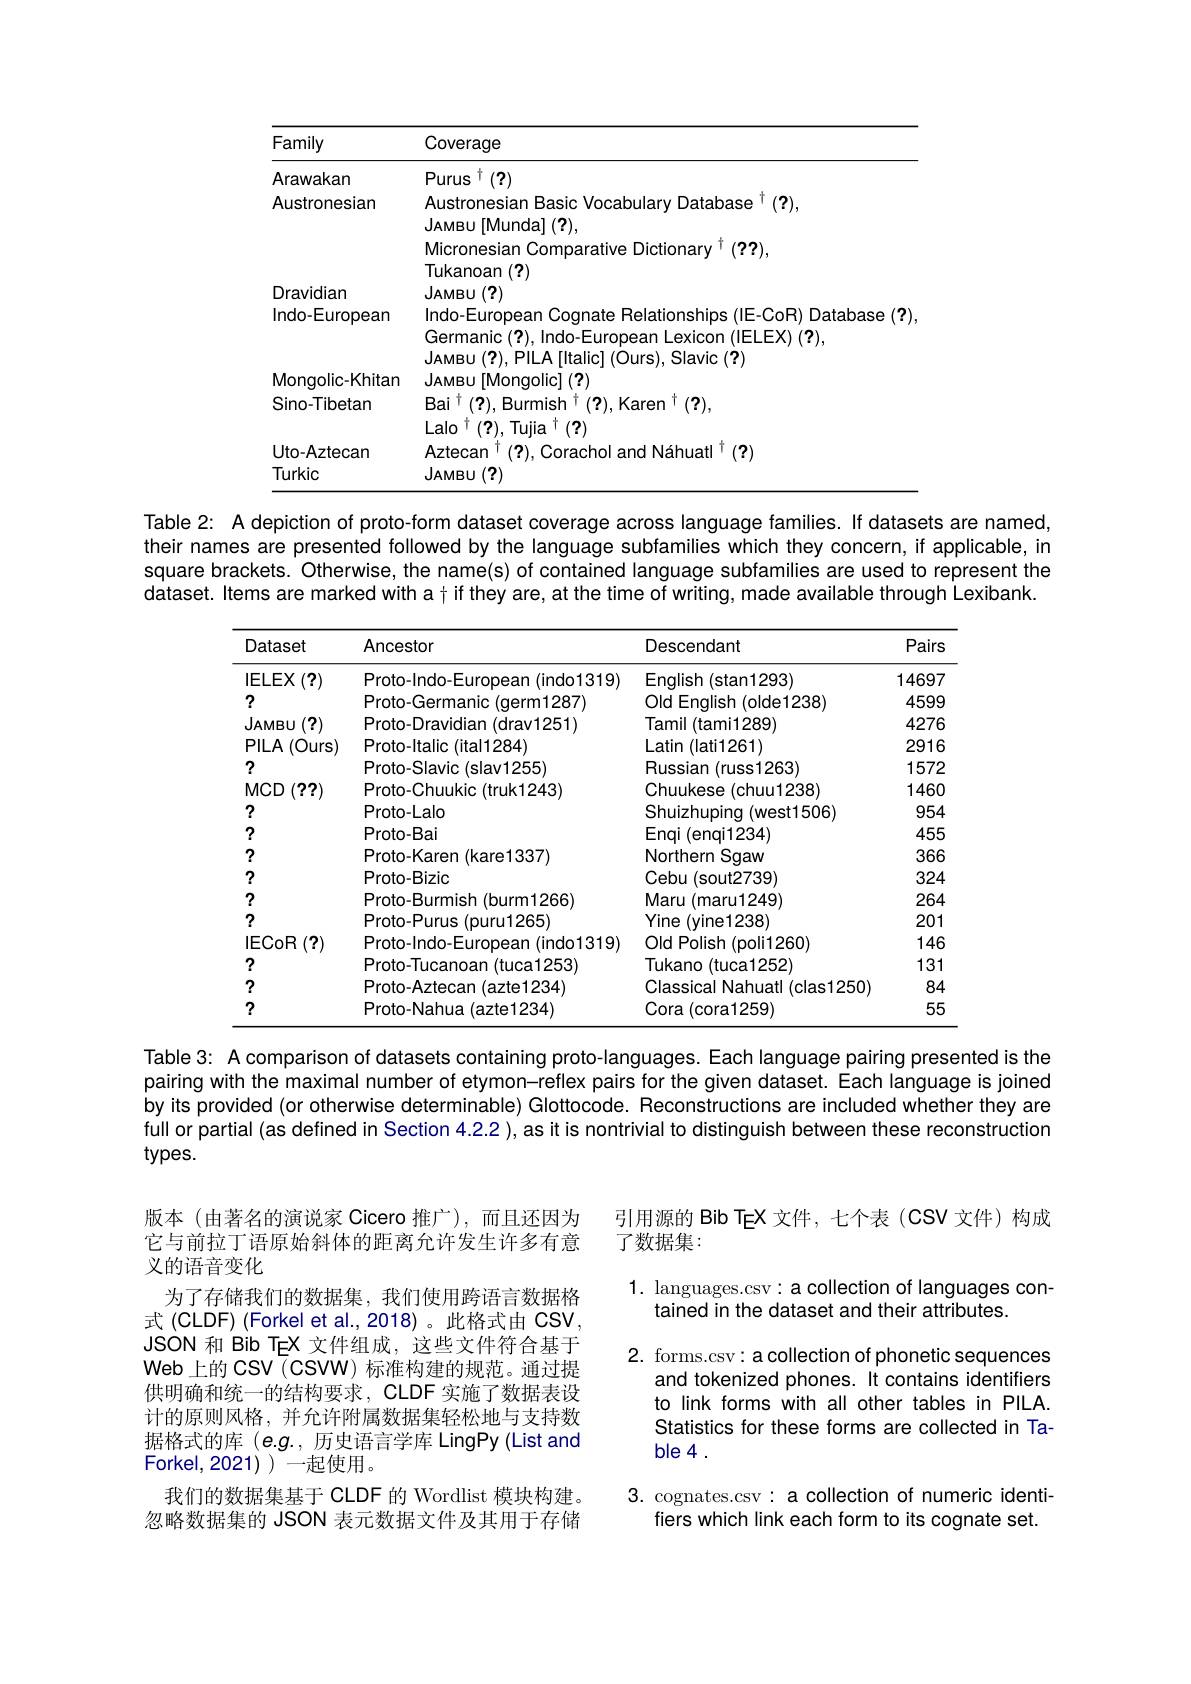
<table>
	<tbody>
		<tr>
			<th>Family</th>
			<th>Coverage</th>
		</tr>
		<tr>
			<td>Arawakan</td>
			<td>Purus $^{\dagger}(?)$</td>
		</tr>
		<tr>
			<td>Austronesian</td>
			<td>Austronesian Basic Vocabulary Database $^{\dagger}(?)$, JAMBU[Munda](?), $n2$</td>
		</tr>
		<tr>
			<td>Indo-European</td>
			<td>Indo-European Cognate Relationships (IE-CoR) Database (?) Germanic (?), Indo-European Lexicon (IELEX) (?), Italicl (Ours). Slavic(2) $|_{\Delta A}$ $21,D11,\Delta$</td>
		</tr>
		<tr>
			<td>Mongolic-Khitan</td>
			<td>JAMBu[Mongolic](?) $urv/,viu$ $1\cdot A$</td>
		</tr>
		<tr>
			<td>Sino-Tibetan</td>
			<td>$\mathrm{Bai}^{\dagger}(?),\mathrm{Burmish}^{\dagger}(?),\mathrm{Karen}^{\dagger}(?)$, $\mathrm{Lalo}^{\dagger}(2).\mathrm{Tuiia}^{\dagger}(2)$</td>
		</tr>
		<tr>
			<td>Uto-Aztecan Turkic</td>
			<td>Aztecan$^\dagger(?)$,Corachol and Náhuatl$^\dagger(?)$ JAMBU(?)</td>
		</tr>
	</tbody>
</table>
$A$
their names are presented followed by the language subfamilies which they concern, if applicable, in

Table 2:

are named

square brackets. Otherwise, the name(s) of contained language subfamilies are used to represent the

dataset. Items are marked with a+ if they are, at the time of writing, made available through Lexibank.

<table>
	<tbody>
		<tr>
			<th>Dataset</th>
			<th>Ancestor</th>
			<th>Descendant</th>
			<th>Pairs</th>
		</tr>
		<tr>
			<td>IELEX $({\boldsymbol{7}})$</td>
			<td>Proto-Indo-European (indo1319)</td>
			<td>English (stan1293)</td>
			<td>14697</td>
		</tr>
		<tr>
			<td>?</td>
			<td>Proto-Germanic(qerm1287)</td>
			<td>Old Enqlish (olde1238)</td>
			<td>4599</td>
		</tr>
		<tr>
			<td>JAMBU (?)</td>
			<td>Proto-Dravidian(drav1251)</td>
			<td>Tamil |(tami1289)</td>
			<td>4276</td>
		</tr>
		<tr>
			<td>$PILA$ (Ours)</td>
			<td>Proto-ltalic (ital1284)</td>
			<td>Latin (lati1261)</td>
			<td>2916</td>
		</tr>
		<tr>
			<td>?</td>
			<td>Proto-Slavic (slav1255)</td>
			<td>Russian (russ1263)</td>
			<td>1572</td>
		</tr>
		<tr>
			<td>$MCD$ ({?}{?})</td>
			<td>Proto-Chuukic (truk1243)</td>
			<td>Chuukese ${\mathrm{e}}({\mathrm{chuu1238}})$</td>
			<td>1460</td>
		</tr>
		<tr>
			<td>?</td>
			<td>Proto-Lalo</td>
			<td>Shuizhuping 1 (west1506)</td>
			<td>954</td>
		</tr>
		<tr>
			<td>?</td>
			<td>Proto-Bai</td>
			<td>Enqi (enqi1234)</td>
			<td>455</td>
		</tr>
		<tr>
			<td>?</td>
			<td>Proto-Karen (kare1337)</td>
			<td>Northern Sqaw</td>
			<td>366</td>
		</tr>
		<tr>
			<td>?</td>
			<td>Proto-Bizic</td>
			<td>Cebu (sout2739)</td>
			<td>324</td>
		</tr>
		<tr>
			<td>?</td>
			<td>Proto-Burmish(burm1266)</td>
			<td>Maru (maru1249)</td>
			<td>264</td>
		</tr>
		<tr>
			<td>?</td>
			<td>Proto-Purus (puru1265)</td>
			<td>Yine (vine1238)</td>
			<td>201</td>
		</tr>
		<tr>
			<td>$({\mathcal P})$ IECOR</td>
			<td>Proto-Indo-European (indo1319)</td>
			<td>Old Polish (poli1260)</td>
			<td>146</td>
		</tr>
		<tr>
			<td>?</td>
			<td>Proto-Tucanoan (tuca1253)</td>
			<td>Tukano (tuca1252)</td>
			<td>131</td>
		</tr>
		<tr>
			<td>?</td>
			<td>Proto-Aztecan (azte1234)</td>
			<td>Classical Nahuatl (clas1250)</td>
			<td>84</td>
		</tr>
		<tr>
			<td>?</td>
			<td>Proto-Nahua (azte1234)</td>
			<td>Cora (cora1259)</td>
			<td>55</td>
		</tr>
	</tbody>
</table>

Table 3: A comparison of datasets containing proto-languages. Each language pairing presented is the pairing with the maximal number of etymon-reflex pairs for the given dataset. Each language is joined by its provided (or otherwise determinable) Glottocode. Reconstructions are included whether they are full or partial (as defined in Section 4.2.2), as it is nontrivial to distinguish between these reconstruction $types.$

引用源的 Bib TeX 文件，七个表(CSV 文件)构成
了数据集：

版本(由著名的演说家 Cicero 推广),而且还因为它与前拉丁语原始斜体的距离允许发生许多有意义的语音变化
为了存储我们的数据集，我们使用跨语言数据格式 (CLDF) (Forkel et al.,2018)。此格式由 CSV, JSON 和 Bib TEX 文件组成，这些文件符合基于Web 上的 CSV (CSVW) 标准构建的规范。通过提供明确和统一的结构要求，CLDF 实施了数据表设计的原则风格，并允许附属数据集轻松地与支持数据格式的库(e.g.,历史语言学库 LingPy(List and Forkel, 2021)一起使用。
我们的数据集基于 CLDF 的 Wordlist 模块构建。忽略数据集的 JSON 表元数据文件及其用于存储

1. languages.csv:a collection of languages con-
tained in the dataset and their attributes.
2. forms.csv: a collection of phonetic sequences
and tokenized phones. It contains identifiers to link forms with all other tables in PILA. Statistics for these forms are collected in Table 4 .
3. cognates.csv: a collection of numeric identi-
fiers which link each form to its cognate set.